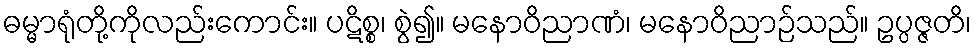
ဓမ္မာရုံတို့ကိုလည်းကောင်း။ ပဋိစ္စ၊ စွဲ၍။ မနောဝိညာဏံ၊ မနောဝိညာဉ်သည်။ ဥပ္ပဇ္ဇတိ၊